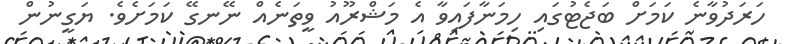
ހަރަދުވާނެ ކަމަށް ބަޖެޓުގައި ހިމަނާފައިވާ އެ މަޝްރޫއު ވީތަނެއް ނޭނގޭ ކަމަށެވެ. ޔަގީނުން